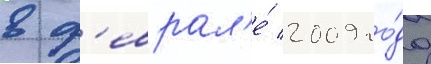
в ф'еврал'е́ 2009 го́да